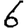
Digit: 6